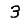
Digit: 3